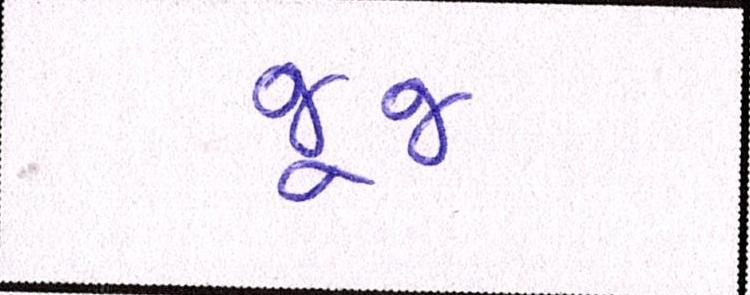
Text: જૂજ